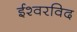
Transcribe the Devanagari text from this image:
ईश्वरविद